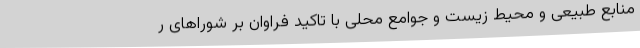
منابع طبیعی و محیط زیست و جوامع محلی با تاکید فراوان بر شوراهای ر